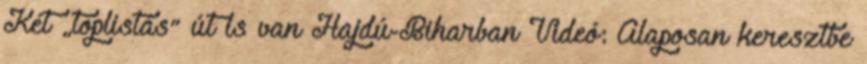
Két „toplistás” út is van Hajdú-Biharban Videó: Alaposan keresztbe